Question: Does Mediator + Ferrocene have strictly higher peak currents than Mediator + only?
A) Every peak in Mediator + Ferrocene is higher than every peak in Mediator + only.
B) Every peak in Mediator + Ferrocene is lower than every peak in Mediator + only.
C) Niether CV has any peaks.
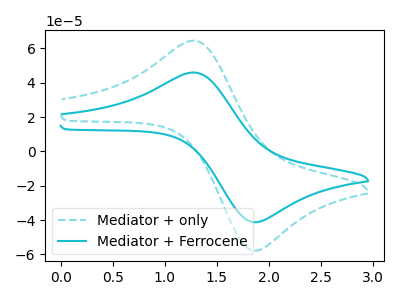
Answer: <think>The cyan dashed curve "Mediator + only" has an anodic peak at (1.25V, 64.55uA) and a cathodic peak at (1.90V, -57.55uA). The cyan curve "Mediator + Ferrocene" has an anodic peak at (1.25V, 46.00uA) and a cathodic peak at (1.90V, -41.00uA).</think>
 <answer>B) Every peak in "Mediator + Ferrocene" is lower than every peak in "Mediator + only".</answer>
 <eval>B</eval>